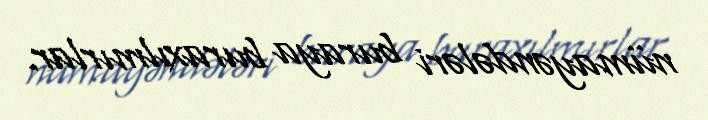
nümayəndələri buraya buraxılmırlar.